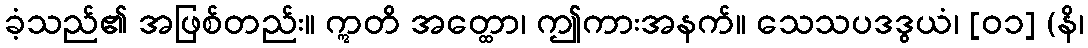
ခံ့သည်၏ အဖြစ်တည်း။ ဣတိ အတ္ထော၊ ဤကားအနက်။ သေသပဒဒွယံ၊ [၀၁] (နိ၊